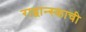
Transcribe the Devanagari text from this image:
राद्वान्स्काची